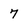
Character: 7